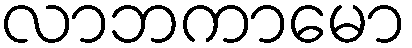
လာဘကာမော